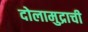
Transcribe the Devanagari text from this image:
दोलामुद्राची